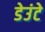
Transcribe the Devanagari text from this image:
डेउंटे